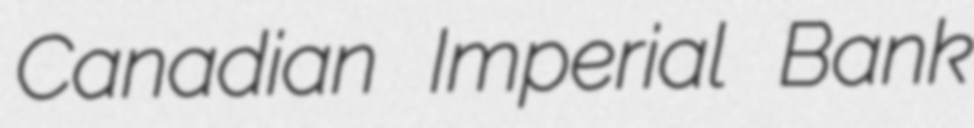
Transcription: Canadian Imperial Bank